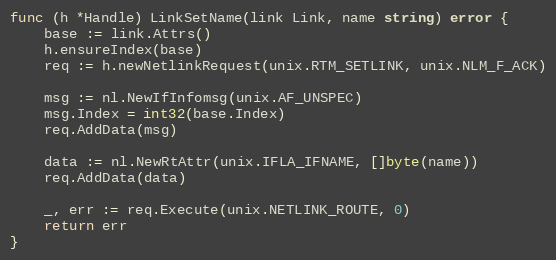
Language: Go
func (h *Handle) LinkSetName(link Link, name string) error {
	base := link.Attrs()
	h.ensureIndex(base)
	req := h.newNetlinkRequest(unix.RTM_SETLINK, unix.NLM_F_ACK)

	msg := nl.NewIfInfomsg(unix.AF_UNSPEC)
	msg.Index = int32(base.Index)
	req.AddData(msg)

	data := nl.NewRtAttr(unix.IFLA_IFNAME, []byte(name))
	req.AddData(data)

	_, err := req.Execute(unix.NETLINK_ROUTE, 0)
	return err
}